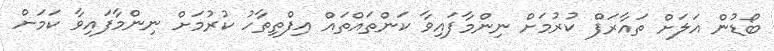
ބޯޑުން އަލަށް ތައާރަފް ކުރުމަށް ނިންމާފައިވާ ކަންތައްތައް އިފްތިތާހު ކުރުމަށް ނިންމާފައިވާ ކަމަށް